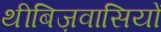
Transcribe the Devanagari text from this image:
थीबिज़वासियों